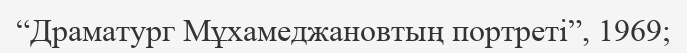
“Драматург Мұхамеджановтың портреті”, 1969;